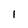
Character: l